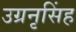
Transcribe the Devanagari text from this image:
उग्रनृसिंह